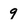
Character: 9